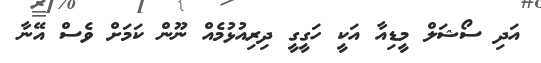
އަދި ސޯޝަލް މީޑިއާ އަކީ ހަގީގީ ދިރިއުޅުމެއް ނޫން ކަމަށް ވެސް އޭނާ